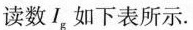
读数I_{g}如下表所示。